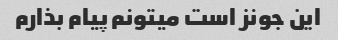
این جونز است میتونم پیام بذارم